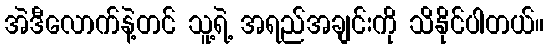
အဲဒီလောက်နဲ့တင် သူ့ရဲ့ အရည်အချင်းကို သိနိုင်ပါတယ်။